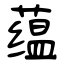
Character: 蕴